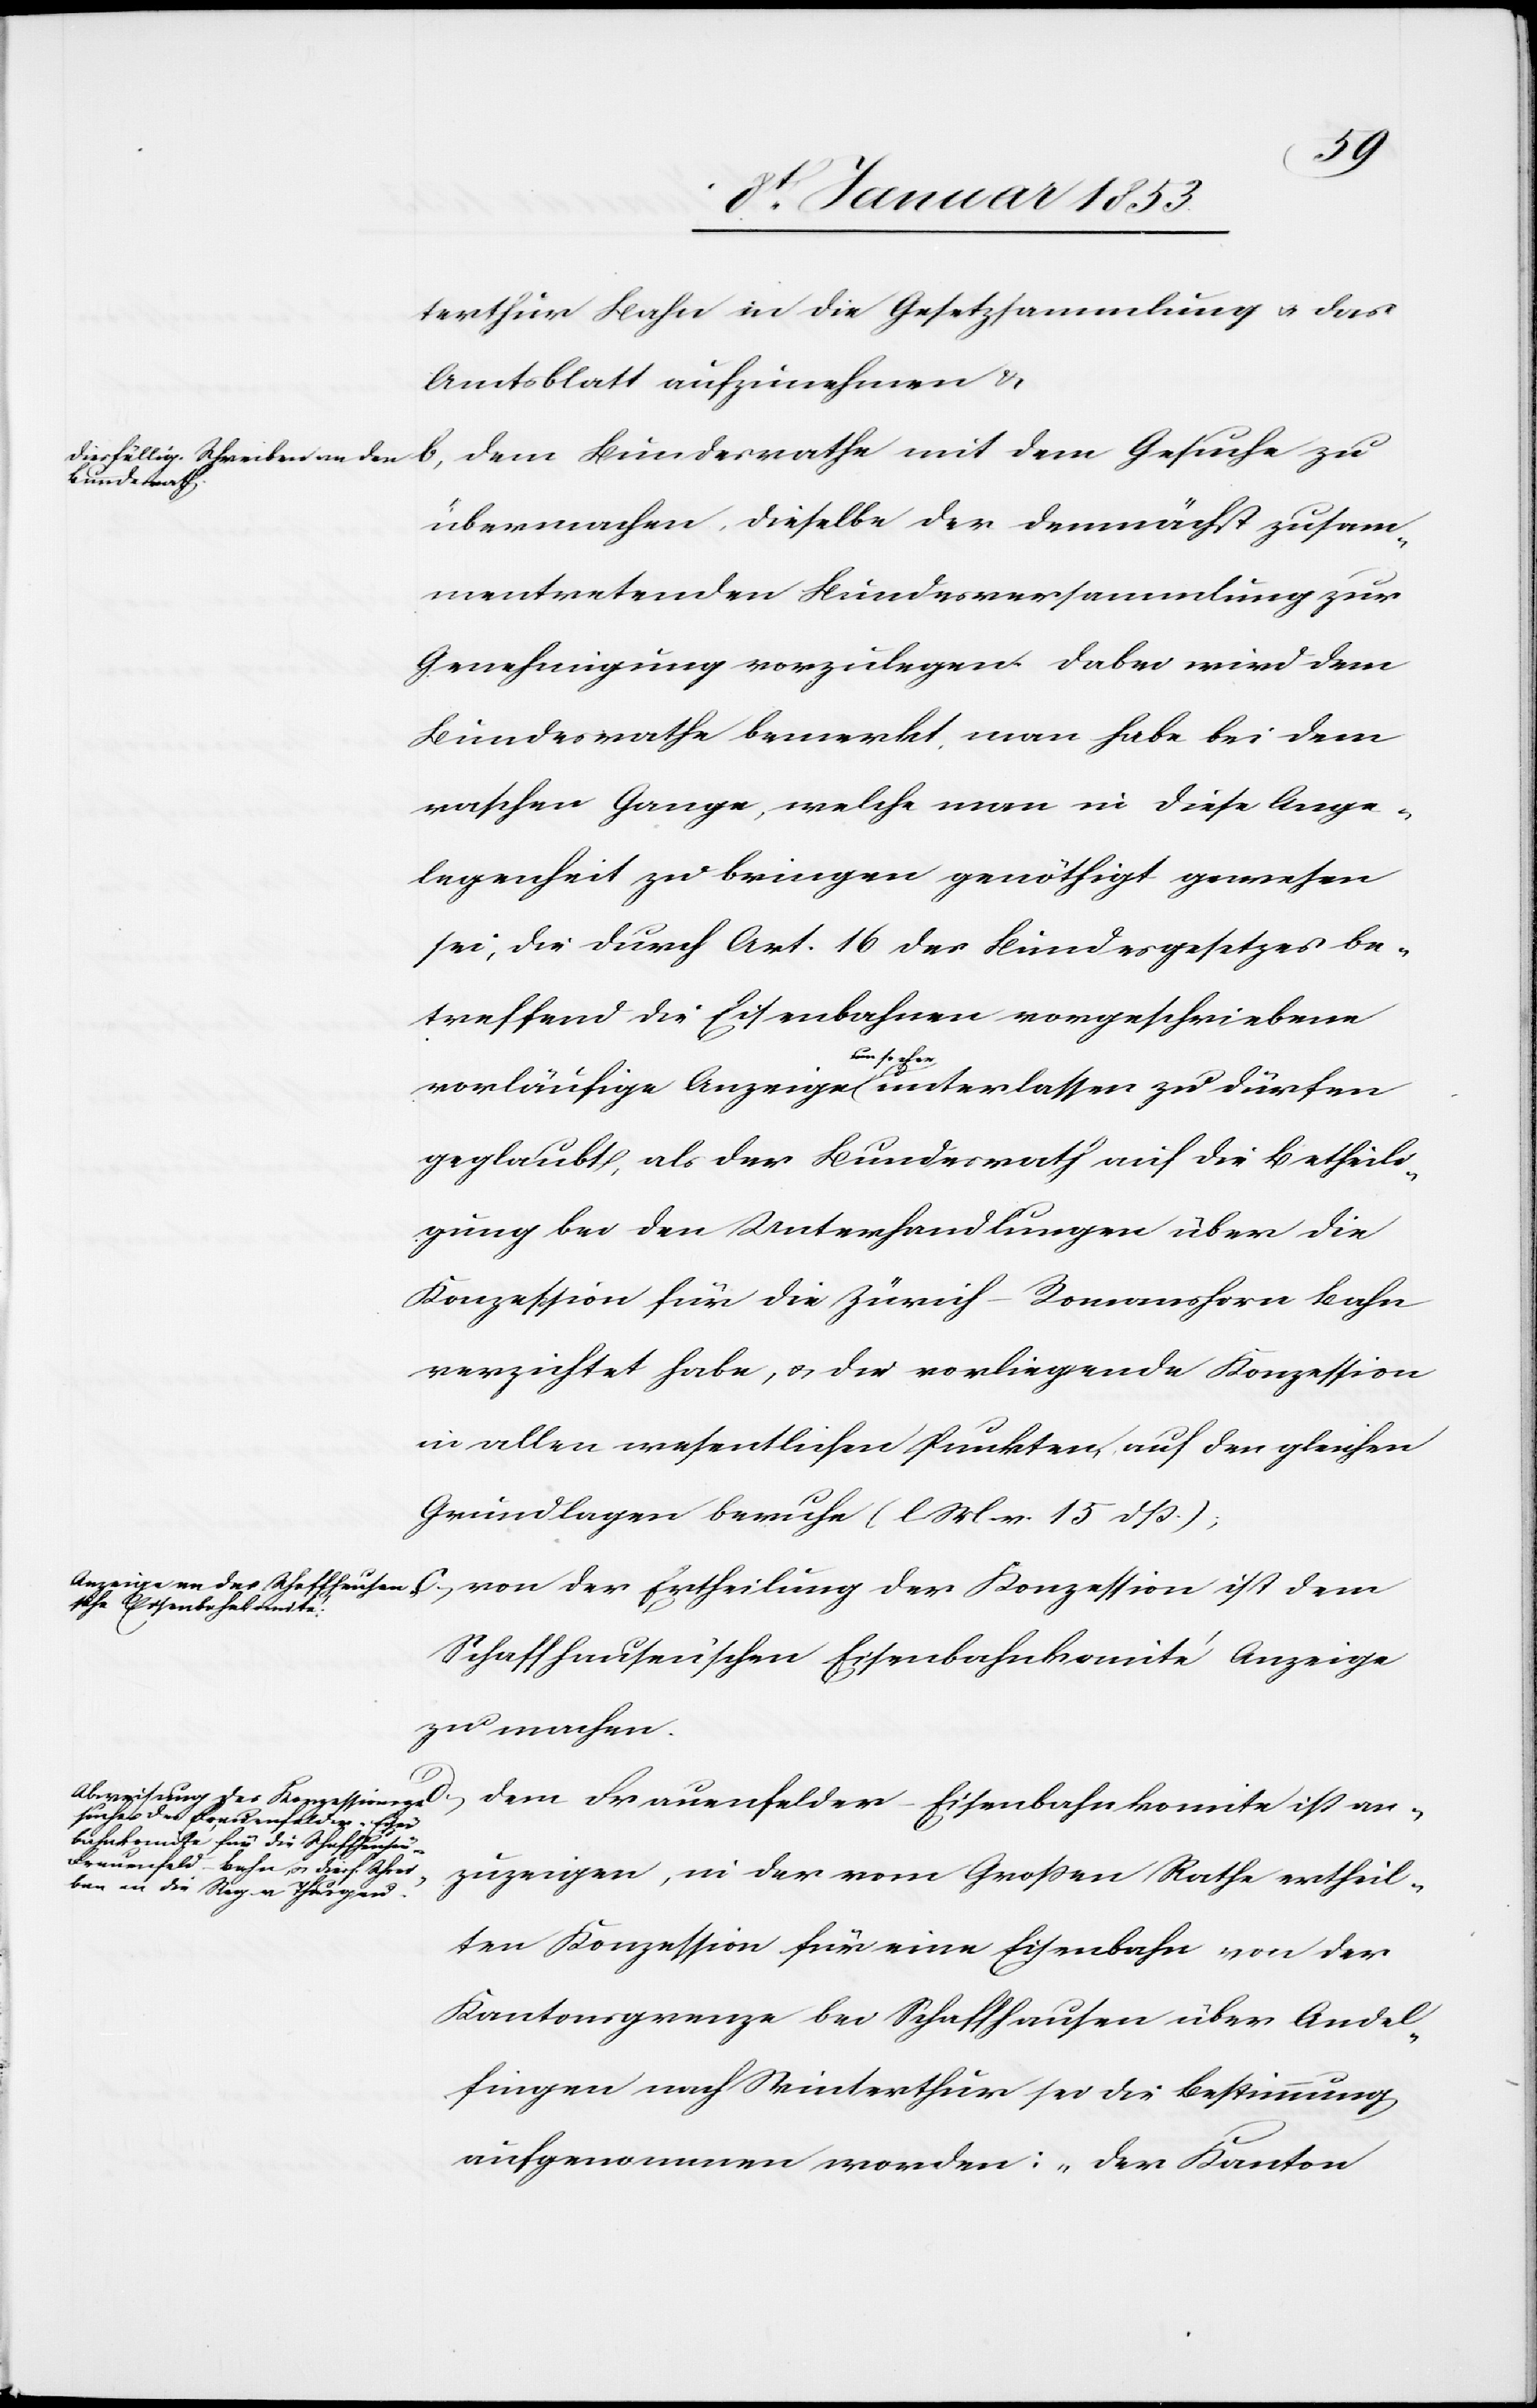
terthur Bahn in die Gesetzessammlung u. das
Amtsblatt aufzunehmen. u.
b. dem Bundesrathe mit dem Gesuche zu
übermachen, dieselbe der demnächst zusam¬
mentretenden Bundesversammlung zur
Genehmigung vorzulegen. Dabei wird dem
Bundesrathe bemerkt man habe bei dem
raschen Gange, welche man in diese Ange¬
legenheit zu bringen genöthigt gewesen
sei, die durch Art. 16 des Bundesgesetzes be¬
treffend die Eisenbahnen vorgeschriebene
der Erthei¬
vorläufige Anzeige um so eher unterlassen zu dürfen
geglaubt, als der Bundesrath auf die Betheili¬
gung bei den Untersuchungen über die
Konzession für die Zürich-Romanshorn Bahn
verzichtet habe, u. die vorliegende Konzession
in allen wesentlichen Punkten, auf den gleichen
Grundlagen beruhe [l. M. v. 15 Mts]
Schaffhausen’schen Eisenbahnkomité Anzeige
zu machen.
an¬
zuzeigen, in der vom Großen Rathe ertheil¬
ten Konzession für eine Eisenbahn von der
Kantonsgrenze bei Schaffhausen über Andel¬
fingen nach Winterthur sei die Bestimmung
aufgenommen worden: „der Kanton